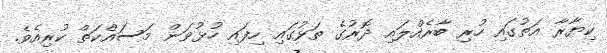
ކިޔާރާ އަތުގައި ހުރި ބާރެއްލައި ދޮރުގެ ތަޅުގައި ހިފައި ހުޅުވަން މަސައްކަތް ކުރިއެވެ.